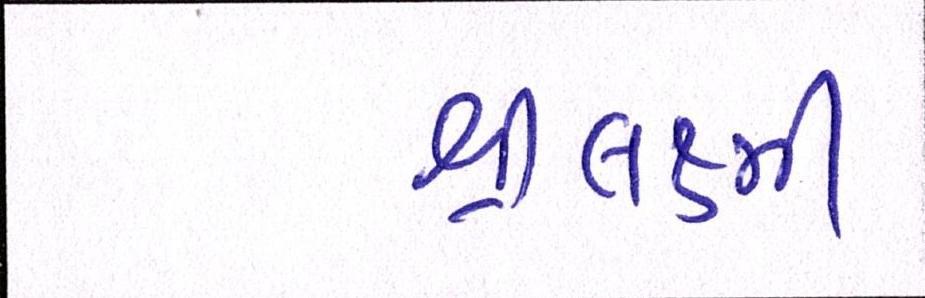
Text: શ્રીલક્ષ્મી